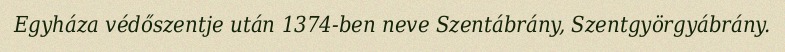
Egyháza védőszentje után 1374-ben neve Szentábrány, Szentgyörgyábrány.